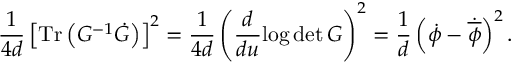
\frac { 1 } { 4 d } \left[ \mathrm { T r } \left( G ^ { - 1 } \dot { G } \right) \right] ^ { 2 } = \frac { 1 } { 4 d } \left( \frac { d } { d u } { \log \operatorname * { d e t } G } \right) ^ { 2 } = \frac { 1 } { d } \left( \dot { \phi } - \dot { \overline { { { \phi } } } } \right) ^ { 2 } .